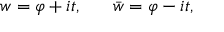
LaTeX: w = \varphi + i t , \ \ \ \ \ \bar { w } = \varphi - i t ,